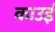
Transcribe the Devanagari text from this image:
काउई